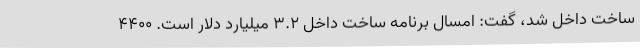
ساخت داخل شد، گفت: امسال برنامه ساخت داخل 3.2 میلیارد دلار است. 4400